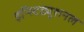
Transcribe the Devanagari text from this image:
इन्स्टिट्युशनल